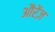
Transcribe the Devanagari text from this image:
औरेंज़